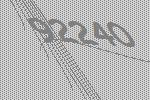
92240